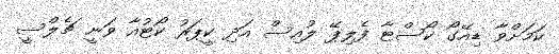
ކަމަށްވާ ޑިއޭގޯ ކޯސްޓާ ފެލިޕޭ ލުއިސް އަދި ކީޕަރު ކޯޓުއާ ވަނީ ޗެލްސީ